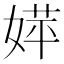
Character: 𡞴